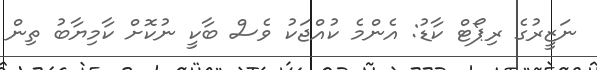
ނަޒީރުގެ ރިޕޯޓް ކާޑު: އެންމެ ކުއްޖަކު ވެސް ބާކީ ނުކޮށް ކާމިޔާބު ތިން